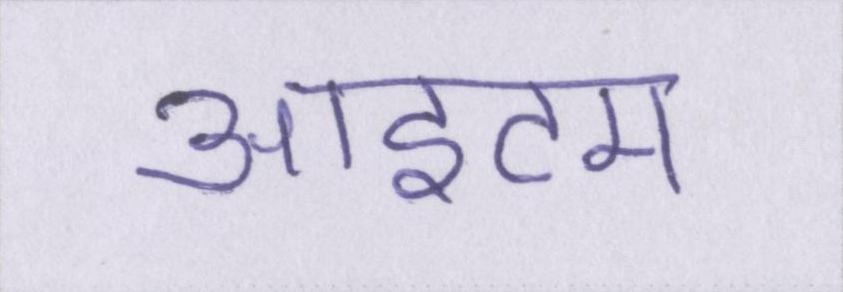
आइटम